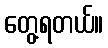
တွေ့ရတယ်။